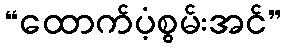
“ထောက်ပံ့စွမ်းအင်”